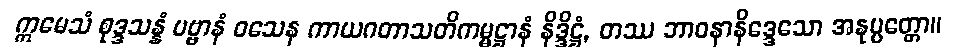
ဣမေသံ စုဒ္ဒသန္နံ ပဗ္ဗာနံ ဝသေန ကာယဂတာသတိကမ္မဋ္ဌာနံ နိဒ္ဒိဋ္ဌံ, တဿ ဘာဝနာနိဒ္ဒေသော အနုပ္ပတ္တော။